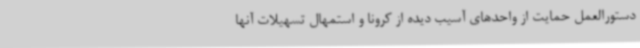
دستورالعمل حمایت از واحدهای آسیب دیده از کرونا و استمهال تسهیلات آنها